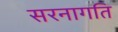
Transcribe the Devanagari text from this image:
सरनागति